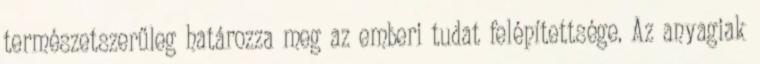
természetszerűleg határozza meg az emberi tudat felépítettsége. Az anyagiak